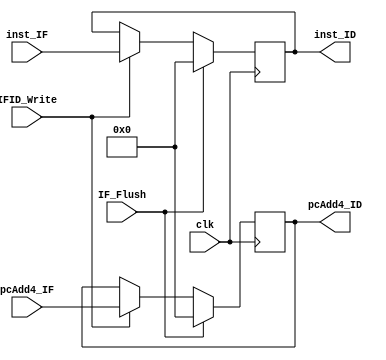
`timescale 1ns / 1ps


module IF_ID(
    input               clk,
                        IFID_Write,
                        IF_Flush,
    input       [31:0]  pcAdd4_IF,
                        inst_IF,
    output reg  [31:0]  pcAdd4_ID,
                        inst_ID
    );

    initial begin
        pcAdd4_ID = 32'b0;
        inst_ID = 32'b0;
    end

    always @(posedge clk) begin
        if (IF_Flush) begin
            pcAdd4_ID <= 32'b0;
            inst_ID <= 32'b0;
        end
        else if (IFID_Write) begin
            pcAdd4_ID <= pcAdd4_IF;
            inst_ID <= inst_IF;
        end
    end

endmodule